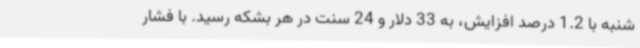
شنبه با 1.2 درصد افزایش، به 33 دلار و 24 سنت در هر بشکه رسید. با فشار